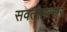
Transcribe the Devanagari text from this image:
सवतीमत्सर